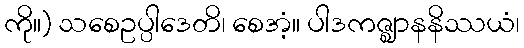
ကို။) သစေဥပ္ပါဒေတိ၊ စေအံ့။ ပါဒကဇ္ဈာနနိဿယံ၊